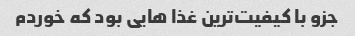
جزو با کیفیت‌ترین غذا هایی بود که خوردم